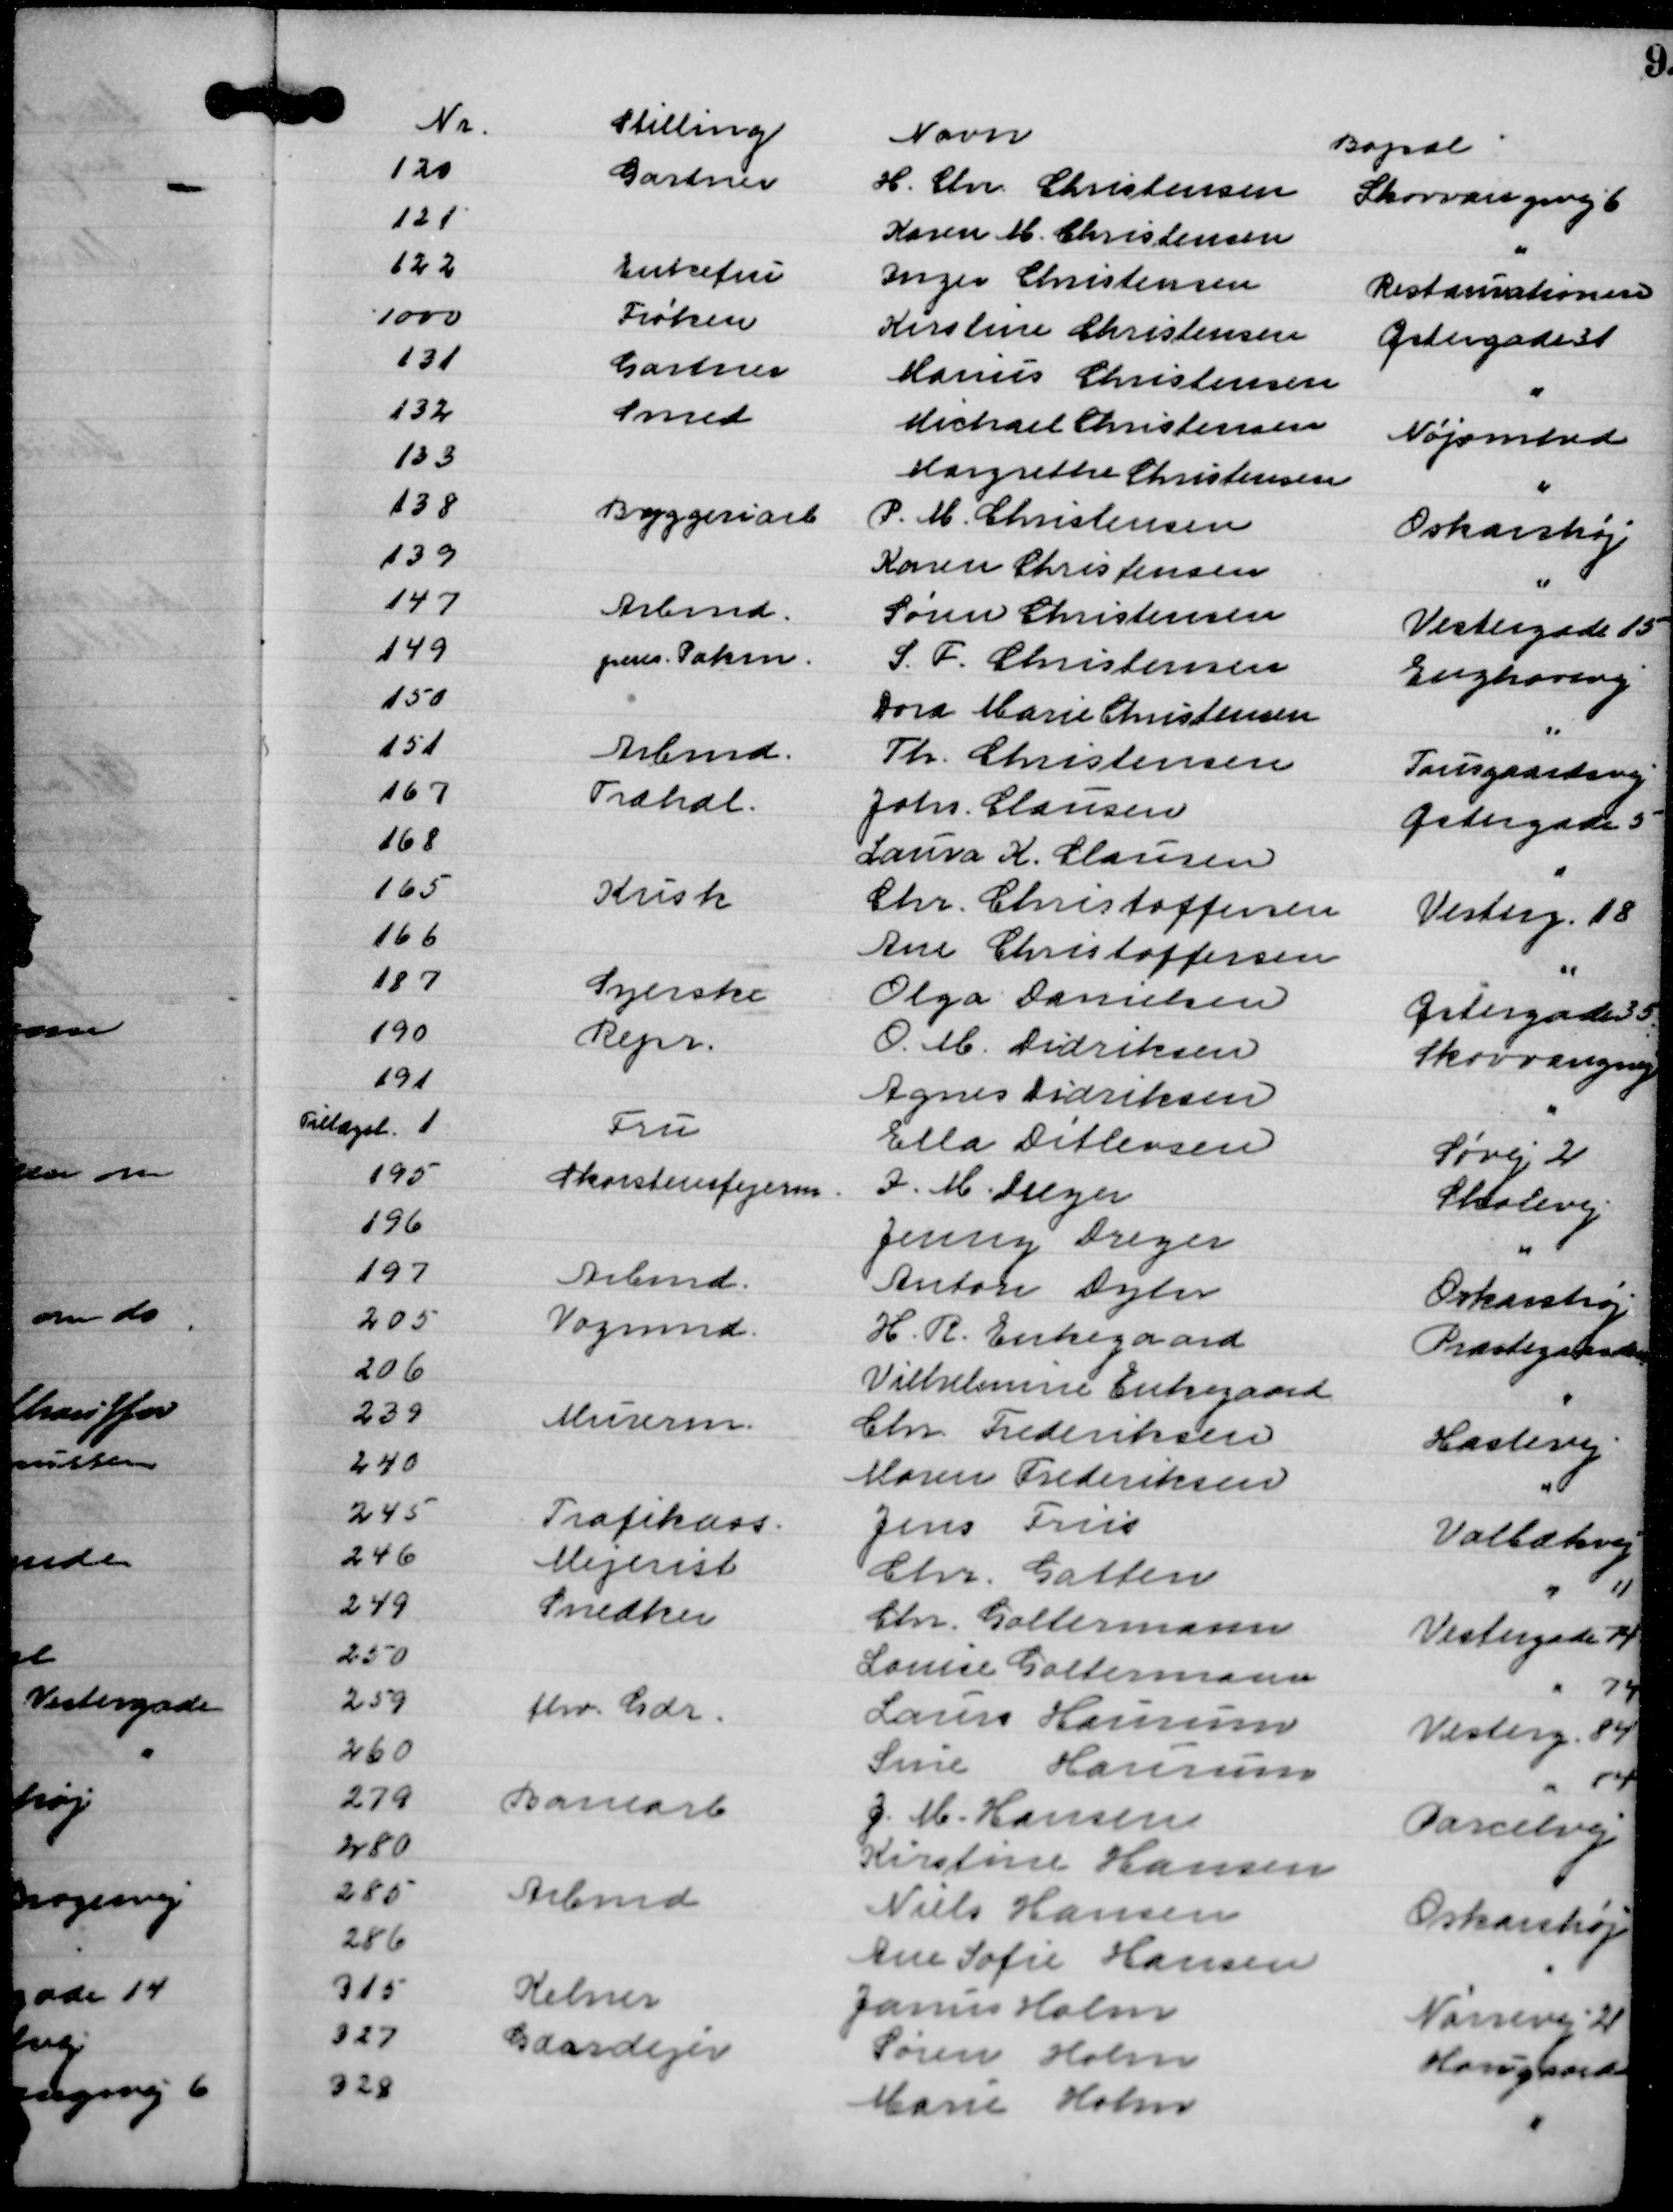
Transskription:
Nr.
Stilling
Navn
Bopæl
120
Gartner
H. Chr. Christensen
Skovvangsvej 6
121
Karen M. Christensen
"
122
Enkefru
Inger Christensen
Restaurationen
1000
Frøken
Kirstine Christensen
Østergade 31
131
Gartner
Marius Christensen
"
132
Smed
Michael Christensen
Nøjomhed
133
Margrethe Christensen
"
138
Byggeriarb
P. M. Christensen
Oskarshøj
139
Karen Christensen
"
147
Arbmd.
Søren Christensen
Vestergade 15 
149
pens. Pakm.
S. F. Christensen
Enghavevej
150
Dora Marie Christensen
"
151
Arbmd.
Th. Christensen
Tousgaardsvej
167
Træhdl.
Johs. Clausen
Østergade 5
168
Laura K. Clausen
"
165
Kusk
Chr. Christoffersen
Vesterg. 18
166
Ane Christoffersen
"
187
Syerske
Olga Danielsen
Østergade 35
190
Repr.
O. M. Didriksen
Skovvangsvej
191
Agnes Didriksen
"
Tillægsl 1
Fru
Ella Ditlevsen
Søvej 2
195
Skorstensfejerm.
I. M. Dreyer
Skolevej
196
Jenny Dreyer
"
197
Arbmd.
Anton Dyhr
Oskarshøj
205
Vogmd.
H. R. Enkegaard
Præstegaardsvej
206
Vilhelmine Enkegaard
"
239
Murerm.
Chr. Frederiksen
Haslevej
240
Maren Frederiksen
"
245
Trafikass.
Jens Friis
Volbækvej
246
Mejerist
Chr. Gatten
" 11
249
Snedker
Chr. Goltermann
Vestergade 74
250
Louise Goltermann
" 74
259
fhv. Gdr.
Laurs Haurum
Vesterg. 84
260
Sine Haurum
" 84
279
Banearb
J. M. Hansen
Parcelvej
280
Kirstine Hansen
"
285
Arbmd
Niels Hansen
Oskarshøj
286
Ane Sofie Hansen
"
315
Kelner
Janus Holm
Nørrevej 21
327
Gaardejer
Søren Holm
Haugaard
328
Marie Holm
"